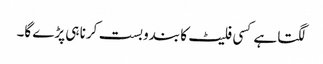
لگتا ہے کسی فلیٹ کا بندوبست کرنا ہی پڑے گا۔